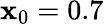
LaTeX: \mathbf{x}_{0}=0.7